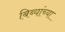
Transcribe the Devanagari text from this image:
बिब्यांच्या